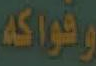
وفواكه